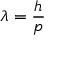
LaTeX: \lambda = { \frac { h } { p } }